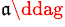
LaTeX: ^{\mathfrak{a}\ddag}